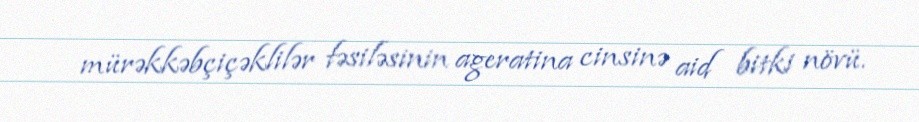
mürəkkəbçiçəklilər fəsiləsinin ageratina cinsinə aid bitki növü.